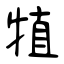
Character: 犆